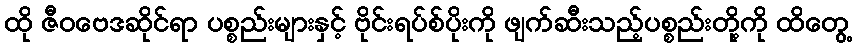
ထို ဇီဝဗေဒဆိုင်ရာ ပစ္စည်းများနှင့် ဗိုင်းရပ်စ်ပိုးကို ဖျက်ဆီးသည့်ပစ္စည်းတို့ကို ထိတွေ့